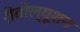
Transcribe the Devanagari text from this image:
रीवोल्यूशन